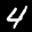
Label: 4